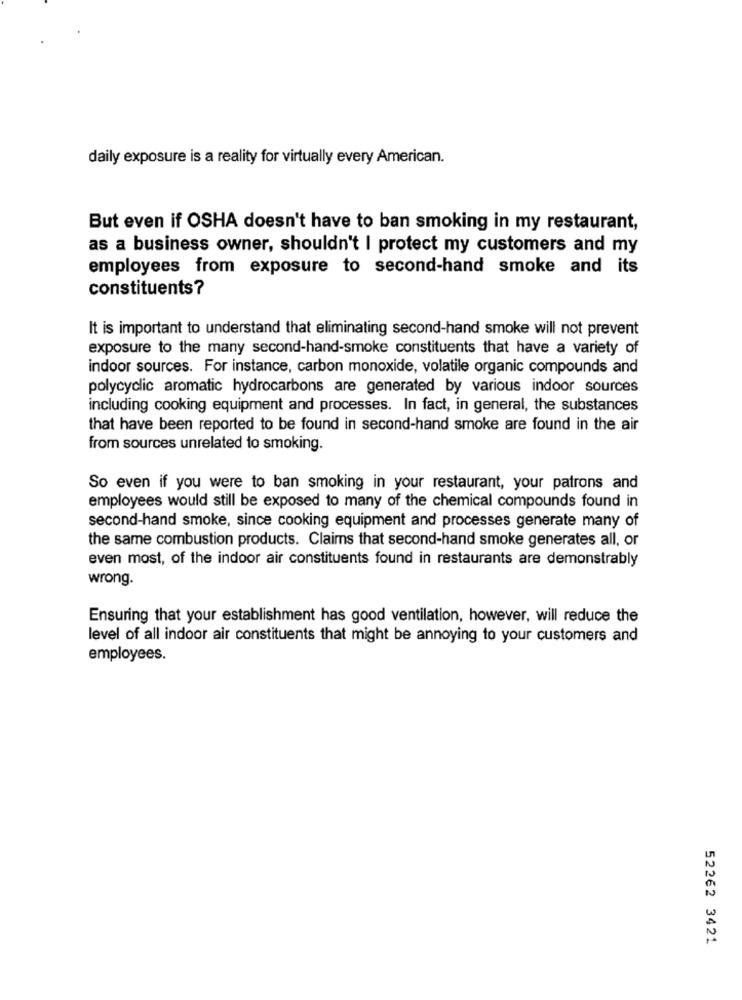
daily exposure is a reality for virtually every American.
But even if OSHA doesn't have to ban smoking in my restaurant,
as a business owner, shouldn't I protect my customers and my
employees from exposure to second-hand smoke and its
constituents?
It is important to understand that eliminating second-hand smoke will not prevent
exposure to the many second-hand-smoke constituents that have a variety of
indoor sources. For instance, carbon monoxide, volatile organic compounds and
polycyclic aromatic hydrocarbons are generated by various indoor sources
including cooking equipment and processes. In fact, in general, the substances
that have been reported to be found in second-hand smoke are found in the air
from sources unrelated to smoking.
So even if you were to ban smoking in your restaurant, your patrons and
employees would still be exposed to many of the chemical compounds found in
second-hand smoke, since cooking equipment and processes generate many of
the same combustion products. Claims that second-hand smoke generates all, or
even most, of the indoor air constituents found in restaurants are demonstrably
wrong.
Ensuring that your establishment has good ventilation, however, will reduce the
level of all indoor air constituents that might be annoying to your customers and
employees.
52262 3421